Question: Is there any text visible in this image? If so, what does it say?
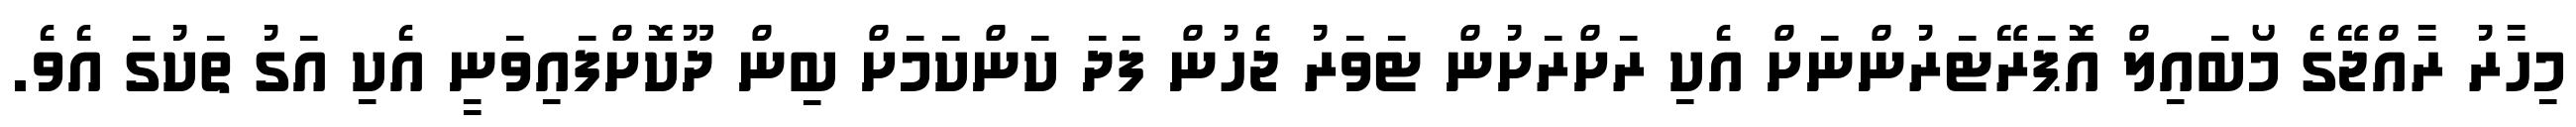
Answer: މިހާރު ރާއްޖޭގެ މޯބައިލް އޮޕަރޭޓަރުންނަށް އެކި ރަށްރަށުން ޓަވަރު ޖެހުން ފަދަ ކަންކަމަށް ބިން ދޫކޮށްފައިވަނީ އެކި އަގު ތަކުގަ އެވެ.